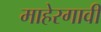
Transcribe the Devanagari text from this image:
माहेरगावी